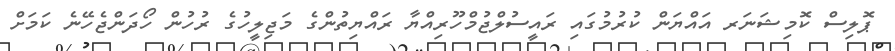
ޕޮލިސް ކޮމިޝަނަރ އައްޔަން ކުރުމުގައި ރައީސުލްޖުމްހޫރިއްޔާ ރައްޔިތުންގެ މަޖިލީހުގެ ރުހުން ހޯދަންޖެހޭނެ ކަމަށް